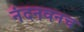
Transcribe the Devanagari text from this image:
नंदनवनच